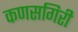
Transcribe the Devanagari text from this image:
कणसगिरी